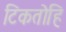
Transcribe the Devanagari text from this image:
टिकतोहि